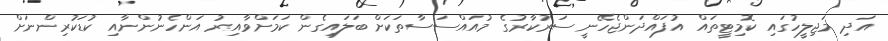
އަދި މަޖިލީހުގައި ކޮމިޓީތައް އުފައްދަންޖެހޭނީ ސަރުކާރުގެ މުއައްސަސާތަކަށް ބަލައިގެން ކަމަށްވާއިރު އަންހެނުންނާއި ކުޑަކުރިންނަށް